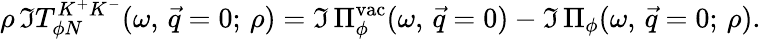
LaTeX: \rho\, \Im T_{\phi N}^{K^{+}K^{-}}(\omega,\, \vec{q}=0;\, \rho)=\Im\, \Pi_{\phi}^{\mathrm{vac}}(\omega,\, \vec{q}=0)-\Im\, \Pi_{\phi}(\omega,\, \vec{q}=0;\, \rho).